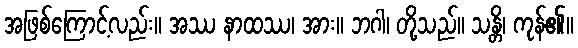
အဖြစ်ကြောင့်လည်း။ အဿ နာထဿ၊ အား။ ဘဂါ၊ တို့သည်။ သန္တိ၊ ကုန်၏။